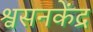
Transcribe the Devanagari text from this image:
श्वसनकेंद्र